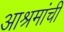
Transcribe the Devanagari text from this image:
आश्रमांची